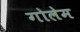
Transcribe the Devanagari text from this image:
गोलेम